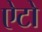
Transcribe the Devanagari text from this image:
ऐटो